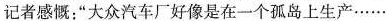
记者感慨；”大众汽车厂好像是在一个孤岛上生产……